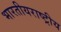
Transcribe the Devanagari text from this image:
भारतीयराष्ट्रीय